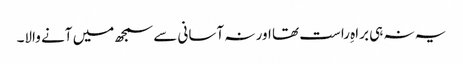
یہ نہ ہی براہِ راست تھا اور نہ آسانی سے سمجھ میں آنے والا۔